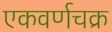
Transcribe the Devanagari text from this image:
एकवर्णचक्र